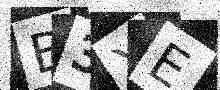
Text: B3XE